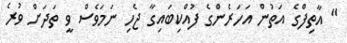
" އާތިފްގެ އަތުން އަހަރެންގެ ފުއްކިބައިގާ ޖެހި ނަމަވެސް ވީ ތަދަށް ވުރެ